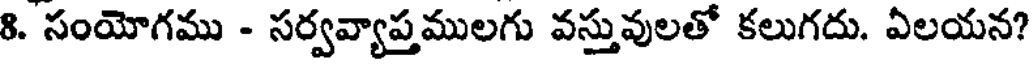
8. సంయోగము - సర్వవ్యాప్తములగు వస్తువులతో కలుగదు. ఏలయన?